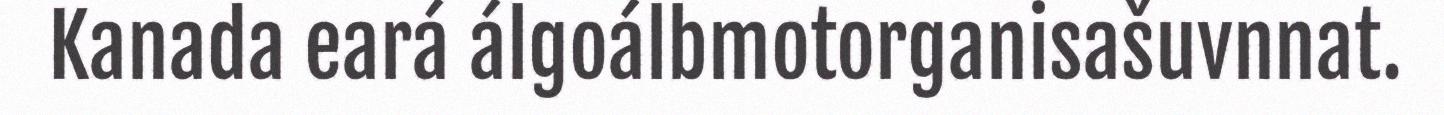
Kanada eará álgoálbmotorganisašuvnnat.